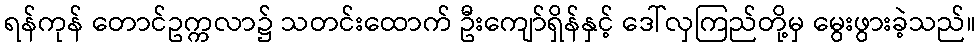
ရန်ကုန် တောင်ဥက္ကလာ၌ သတင်းထောက် ဦးကျော်ရှိန်နှင့် ဒေါ်လှကြည်တို့မှ မွေးဖွားခဲ့သည်။